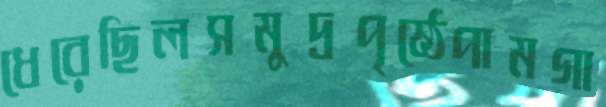
ধেরেছিলসমুদ্রপৃষ্ঠেপামগা